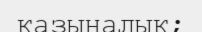
қазыналық;